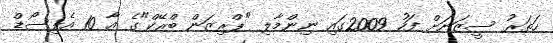
ހަތަރު ސީޒަނަށް ފަހު 2009ގައި ނިންމާލިި "ޕްރިޒަން ބްރޭކް"ގެ އާ 10 އެޕިސޯޑް